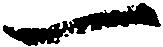
一